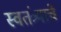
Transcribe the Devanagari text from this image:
स्वतंत्र्याचे